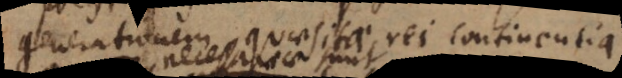
generationem quaesitae rei. Interdum